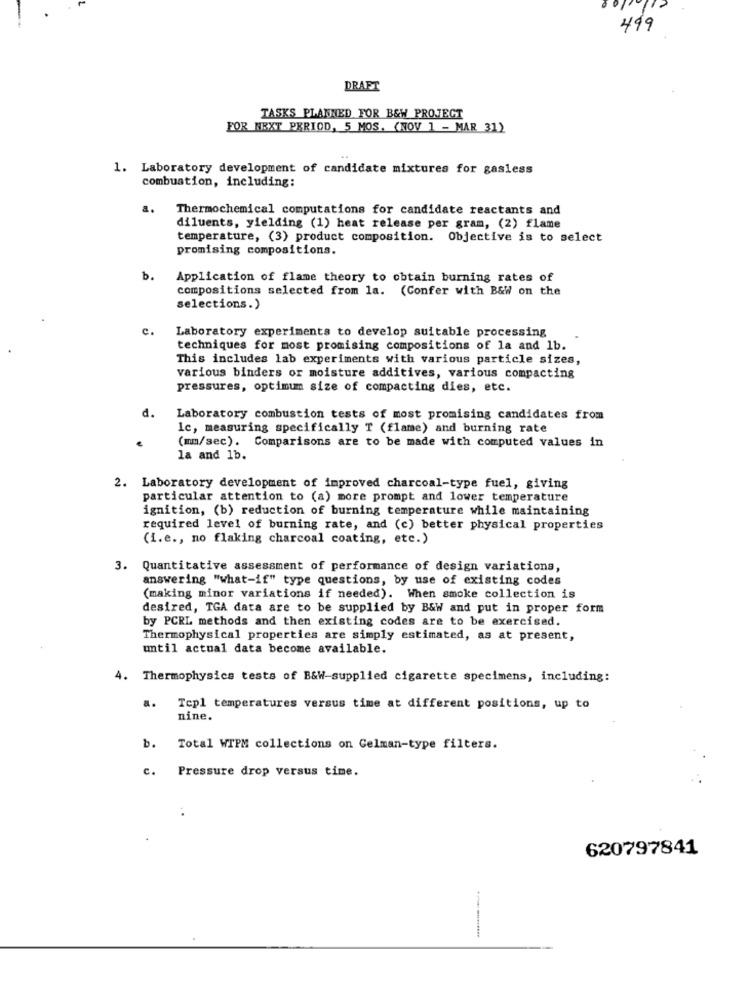
499
DRAFT
TASKS PLANNED FOR B&W PROJECT
FOR NEXT PERIOD, 5 MOS. (NOV 1 - MAR 31)
1. Laboratory development of candidate mixtures for gasless
combustion, including:
Thermochemical computations for candidate reactants and
diluents, yielding (1) heat release per gram, (2) flame
temperature, (3) product composition. Objective is to select
promising compositions.
b.
Application of flame theory to obtain burning rates of
compositions selected from la. (Confer with B&W on the
selections.)
C.
Laboratory experiments to develop suitable processing
techniques for most promising compositions of la and 1b.
This includes lab experiments with various particle sizes,
various binders or moisture additives, various compacting
pressures, optimum size of compacting dies, etc.
d.
Laboratory combustion tests of most promising candidates from
Ic, measuring specifically T (flame) and burning rate
(mm/sec). Comparisons are to be made with computed values in
la and 1b.
2. Laboratory development of improved charcoal-type fuel, giving
particular attention to (a) more prompt and lower temperature
ignition, (b) reduction of burning temperature while maintaining
required level of burning rate, and (c) better physical properties
(i.e ., no flaking charcoal coating, etc.)
3. Quantitative assessment of performance of design variations,
answering "what-if" type questions, by use of existing codes
(making minor variations if needed). When smoke collection is
desired, TGA data are to be supplied by B&W and put in proper form
by PCRL methods and then existing codes are to be exercised.
Thermophysical properties are simply estimated, as at present,
until actual data become available.
4. Thermophysics tests of B&W-supplied cigarette specimens, including:
a.
Tepl temperatures versus time at different positions, up to
nine.
b. Total WIPM collections on Celman-type filters.
c.
Pressure drop versus time.
620797841